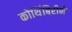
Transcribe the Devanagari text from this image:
कोथिंबिरीने